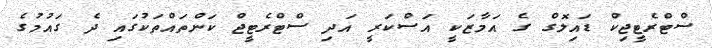
ސްޓްރެޓީޖިކް ޑައިލޮގް ގެ އަމާޒަކީ އަސްކަރީ އަދި ސްޓްރެޓީޖް ކަންތައްތަކުގައި ދެ ގައުމުގެ